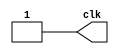
`timescale 1ns / 1ps
module clock_gen(clk);

parameter PERIOD = 21;

output reg clk;

always
	begin: CLOCK_DRIVER
		clk <= 1'b0;
		#(PERIOD/2);
		clk <= 1'b1;
		#(PERIOD/2);
	end
endmodule